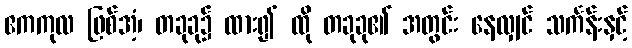
ဧကကုလ ဖြစ်အံ့၊ တခုခု၌ ထား၍ ထို တခုခု၏ အတွင်း နေလျှင် သင်္ကန်းနှင့်